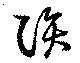
隕